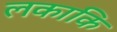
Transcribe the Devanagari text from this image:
लकाकि